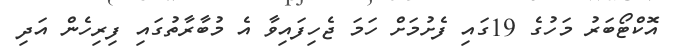
އޮކްޓޯބަރު މަހުގެ 19ގައި ފެށުމަށް ހަމަ ޖެހިފައިވާ އެ މުބާރާތުގައި ފިރިހެން އަދި